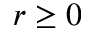
r \geq 0